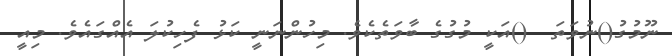
ނޫމުގު()ނުވަތަ  ()އަކީ މުގުގެ ބާވަތެކެވެ. މިހުންނަނީ ކަޅު ފެހިކުލަ އެއްގައެވެ. މިއީ